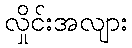
လှိုင်းအလျား